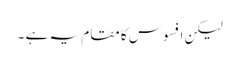
لیکن افسوس کا مقام یہ ہے ۔